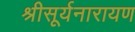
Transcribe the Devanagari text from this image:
श्रीसूर्यनारायण